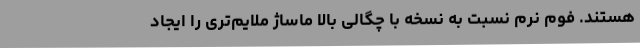
هستند. فوم نرم نسبت به نسخه با چگالی بالا ماساژ ملایم‌تری را ایجاد